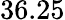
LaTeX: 36.25